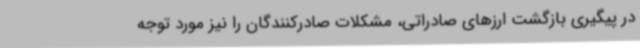
در پیگیری بازگشت ارزهای صادراتی، مشکلات صادرکنندگان را نیز مورد توجه